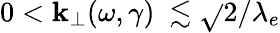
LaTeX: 0<\mathbf{k}_{\perp}(\omega,\gamma)\ \lesssim\sqrt{}{{2}}/\lambda_{e}